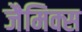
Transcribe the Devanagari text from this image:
जैमिक्स